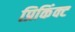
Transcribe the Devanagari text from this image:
प्रिकिंक्ट